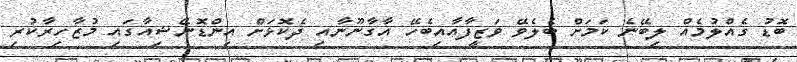
ބޮޑު ގެއްލުމެއް ލިބޭނެ ކަމަށް ބެލެވޭ ވަޒީފާއާއިބެހޭ އާގާނޫނާއި ދެކޮޅަށް އިންޑޮނޭޝިއާގައި މުޒާހިރާކުރި